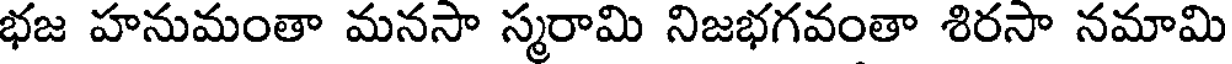
భజ హనుమంతా మనసా స్మరామి నిజభగవంతా శిరసా నమామి